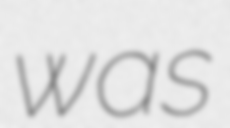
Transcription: was